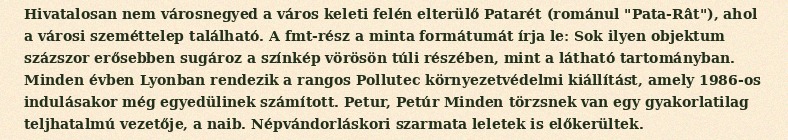
Hivatalosan nem városnegyed a város keleti felén elterülő Patarét (románul "Pata-Rât"), ahol a városi szeméttelep található. A fmt-rész a minta formátumát írja le: Sok ilyen objektum százszor erősebben sugároz a színkép vörösön túli részében, mint a látható tartományban. Minden évben Lyonban rendezik a rangos Pollutec környezetvédelmi kiállítást, amely 1986-os indulásakor még egyedülinek számított. Petur, Petúr Minden törzsnek van egy gyakorlatilag teljhatalmú vezetője, a naib. Népvándorláskori szarmata leletek is előkerültek.